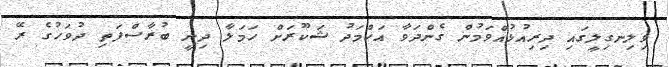
ވިލިނގިލީގައި ދިރިއުޅުއްވަމުން ގެންދަވާ އަހްމަދު ޝަކޫރަށް ހަމަލާ ދިނީ ބުރާސްފަތި ދުވަހުގެ ރޭ